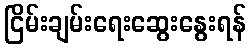
ငြိမ်းချမ်းရေးဆွေးနွေးရန်